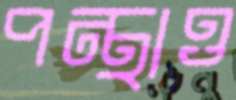
পন্থাও